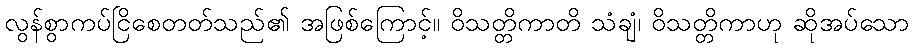
လွန်စွာကပ်ငြိစေတတ်သည်၏ အဖြစ်ကြောင့်။ ဝိသတ္တိကာတိ သံချံ၊ ဝိသတ္တိကာဟု ဆိုအပ်သော